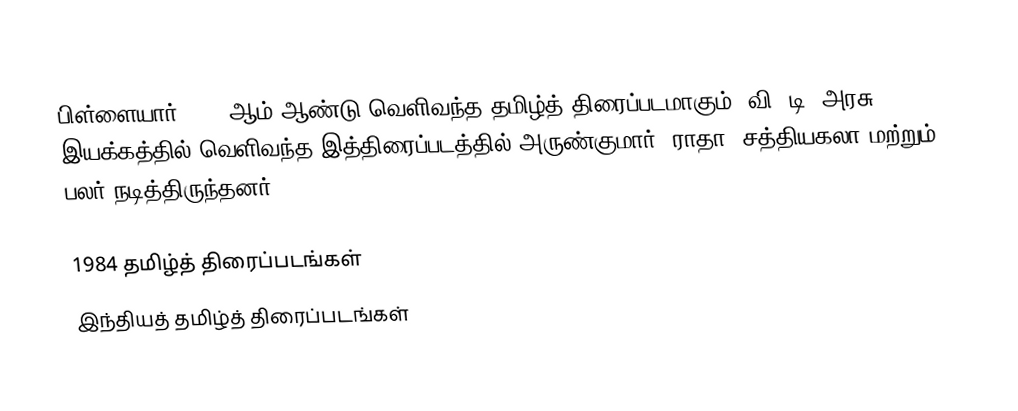
பிள்ளையார் 1984 ஆம் ஆண்டு வெளிவந்த தமிழ்த் திரைப்படமாகும். வி. டி. அரசு இயக்கத்தில் வெளிவந்த இத்திரைப்படத்தில் அருண்குமார், ராதா, சத்தியகலா மற்றும் பலர் நடித்திருந்தனர்.

1984 தமிழ்த் திரைப்படங்கள்
இந்தியத் தமிழ்த் திரைப்படங்கள்